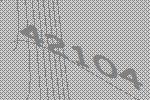
42104